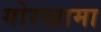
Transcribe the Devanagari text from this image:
गोरखामा